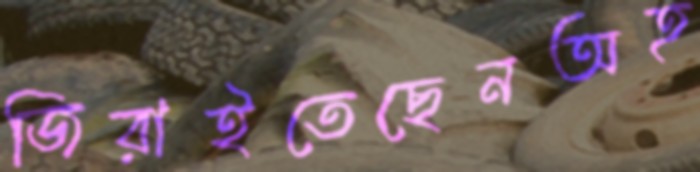
জিরাইতেছেনঅহ